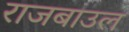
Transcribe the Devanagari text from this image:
राजबाउल